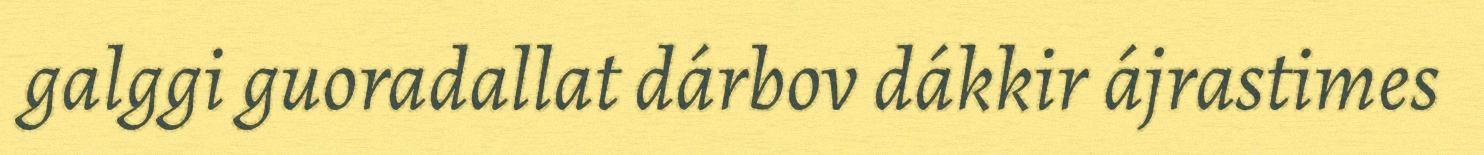
galggi guoradallat dárbov dákkir ájrastimes